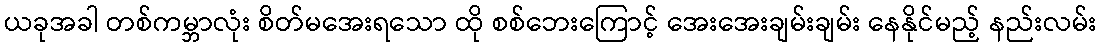
ယခုအခါ တစ်ကမ္ဘာလုံး စိတ်မအေးရသော ထို စစ်ဘေးကြောင့် အေးအေးချမ်းချမ်း နေနိုင်မည့် နည်းလမ်း